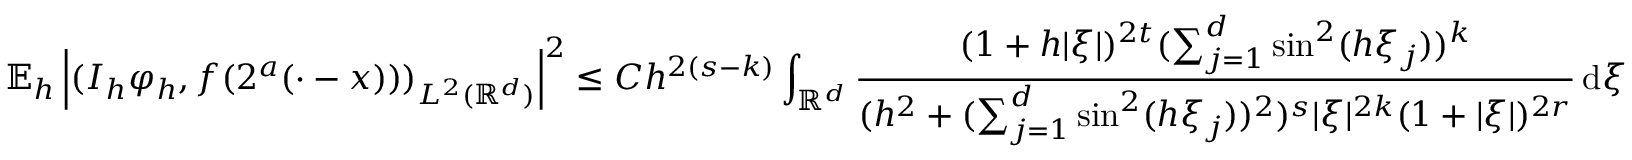
\mathbb { E } _ { h } \left| ( I _ { h } \varphi _ { h } , f ( 2 ^ { a } ( \cdot - x ) ) ) _ { L ^ { 2 } ( \mathbb { R } ^ { d } ) } \right| ^ { 2 } \le C h ^ { 2 ( s - k ) } \int _ { \mathbb { R } ^ { d } } \frac { ( 1 + h | \xi | ) ^ { 2 t } ( \sum _ { j = 1 } ^ { d } \sin ^ { 2 } ( h \xi _ { j } ) ) ^ { k } } { ( h ^ { 2 } + ( \sum _ { j = 1 } ^ { d } \sin ^ { 2 } ( h \xi _ { j } ) ) ^ { 2 } ) ^ { s } | \xi | ^ { 2 k } ( 1 + | \xi | ) ^ { 2 r } } \, \mathrm { d } \xi